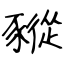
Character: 豵